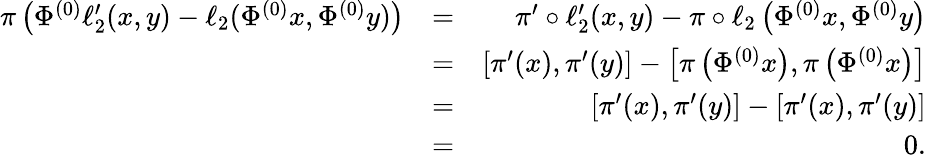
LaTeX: \begin{array}{rlr}{\pi\left(\Phi^{(0)}\ell_{2}^{\prime}(x,y)-\ell_{2}(\Phi^{(0)}x,\Phi^{(0)}y)\right)}&{=}&{\pi^{\prime}\circ\ell_{2}^{\prime}(x,y)-\pi\circ\ell_{2}\left(\Phi^{(0)}x,\Phi^{(0)}y\right)}\\ &{=}&{[\pi^{\prime}(x),\pi^{\prime}(y)]-\left[\pi\left(\Phi^{(0)}x\right),\pi\left(\Phi^{(0)}x\right)\right]}\\ &{=}&{[\pi^{\prime}(x),\pi^{\prime}(y)]-[\pi^{\prime}(x),\pi^{\prime}(y)]}\\ &{=}&{0.}\end{array}